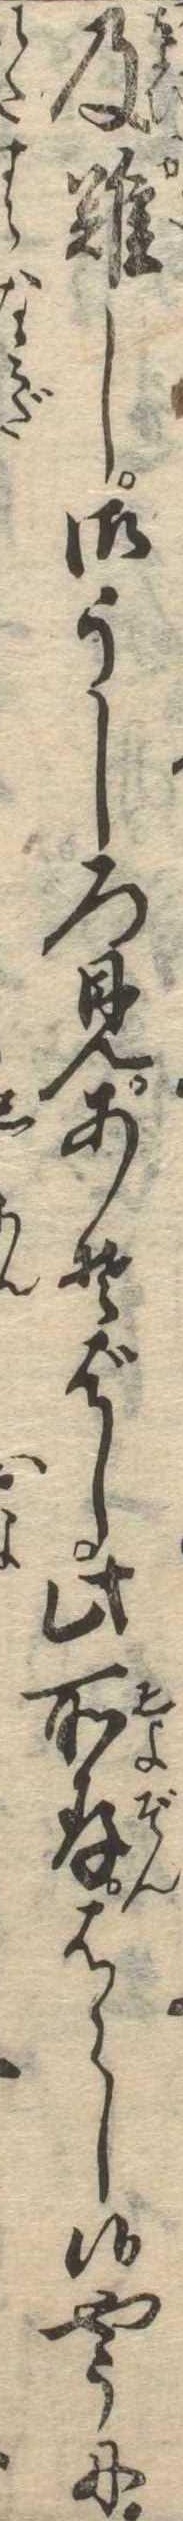
及難し御うしろ見あそばし此所存はらし候やうに